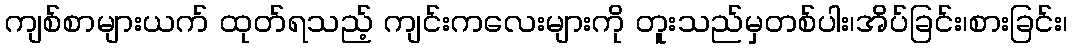
ကျစ်စာများယက် ထုတ်ရသည့် ကျင်းကလေးများကို တူးသည်မှတစ်ပါး၊အိပ်ခြင်း၊စားခြင်း၊